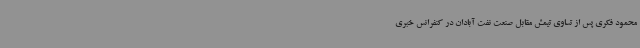
محمود فکری پس از تساوی تیمش مقابل صنعت نفت آبادان در کنفرانس خبری